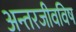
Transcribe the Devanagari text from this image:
अन्तरजीवविष